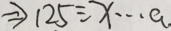
\Rightarrow 1 2 5 \div x \cdots a .